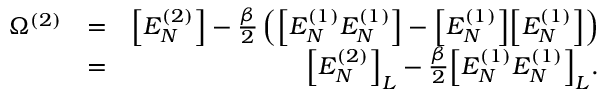
\begin{array} { r l r } { \Omega ^ { ( 2 ) } } & { = } & { \Big [ E _ { N } ^ { ( 2 ) } \Big ] - \frac { \beta } { 2 } \left( \Big [ E _ { N } ^ { ( 1 ) } E _ { N } ^ { ( 1 ) } \Big ] - \Big [ E _ { N } ^ { ( 1 ) } \Big ] \Big [ E _ { N } ^ { ( 1 ) } \Big ] \right) } \\ & { = } & { \Big [ E _ { N } ^ { ( 2 ) } \Big ] _ { L } - \frac { \beta } { 2 } \Big [ E _ { N } ^ { ( 1 ) } E _ { N } ^ { ( 1 ) } \Big ] _ { L } . } \end{array}